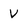
Character: v